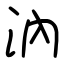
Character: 汭